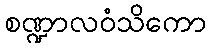
စဏ္ဍာလဝံသိကော